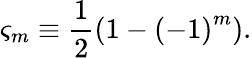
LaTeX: \varsigma_{m}\equiv\frac{1}{2}\left(1-\left(-1\right)^{m}\right).